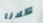
كلانا